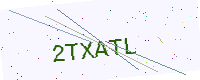
Text: 2TXATL